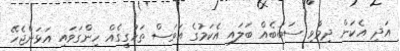
އަދި އެކަން ދިމާވި ސަބަބެއް ބަލައި އެކަމުގެ އަވަސް ތަހުގީގެއް ހިންގަވައި އަޅަންޖެހޭ